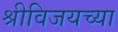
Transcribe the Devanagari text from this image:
श्रीविजयच्या